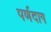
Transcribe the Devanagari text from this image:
पर्णदाग